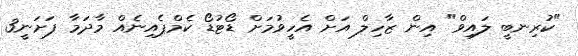
"ކުރިނބީ ލައިވް" އިން ޒާހިލް އަށް އެހީވުމަށް ޑޯޓުޑޯ ކެމްޕެއިނެއް މާދަމާ ފަށަނީ3